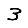
Digit: 3